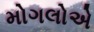
મોગલોએ